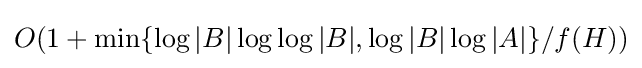
O(1+\min\{\log |B|\log \log |B|,\log |B|\log |A|\}/f(H))